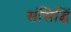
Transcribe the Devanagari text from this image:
संसिद्धिं